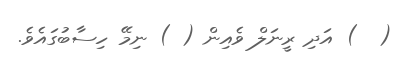
(  ) އަދި ރީނަލް ވެއިން ( ) ނިމޭ ހިސާބުގައެވެ.